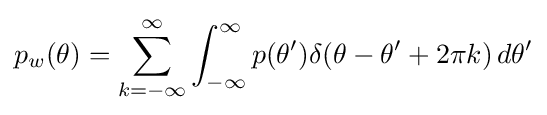
p_{w}(\theta )=\sum _{k=-\infty }^{\infty }\int _{-\infty }^{\infty }p(\theta ')\delta (\theta -\theta '+2\pi k)\,d\theta '